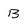
Character: B